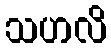
သဟလိ